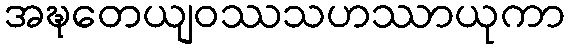
အဍ္ဎတေယျဝဿသဟဿာယုကာ